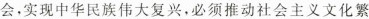
会，实现中华民族伟大复兴，必须推动社会主义文化繁